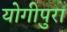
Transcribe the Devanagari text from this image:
योगीपुरा